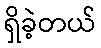
ရှိခဲ့တယ်